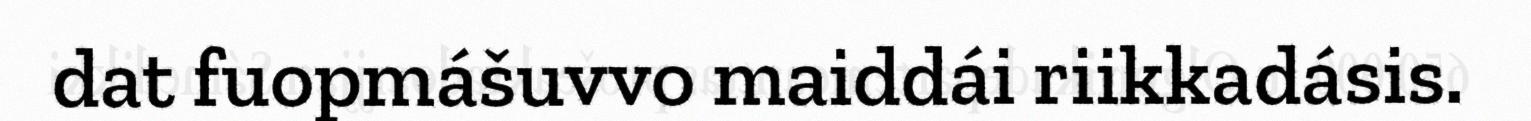
dat fuopmášuvvo maiddái riikkadásis.